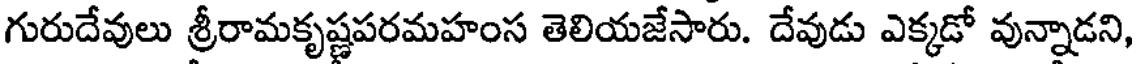
గురుదేవులు శ్రీరామకృష్ణపరమహంస తెలియజేసారు. దేవుడు ఎక్కడో వున్నాడని,